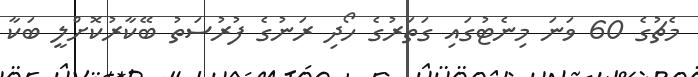
މެޗުގެ 60 ވަނަ މިނެޓުގައި ގަތަރުގެ ހޯދި ރަނުގެ ފުރުސަތު ބޭކާރުކޮށްލީ ބަކާ